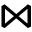
\bowtie